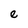
Character: e